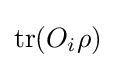
\operatorname {tr} (O_{i}\rho )